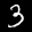
Label: 3